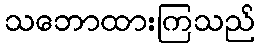
သဘောထားကြသည်